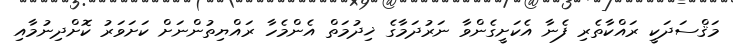
މަޤްސަދަކީ ރައްކާތެރި ފެނާ އެކަށީގެންވާ ނަރުދަމާގެ ޚިދުމަތް އެންމެހާ ރައްޔިތުންނަށް ކަށަވަރު ކޮށްދިނުމާއި